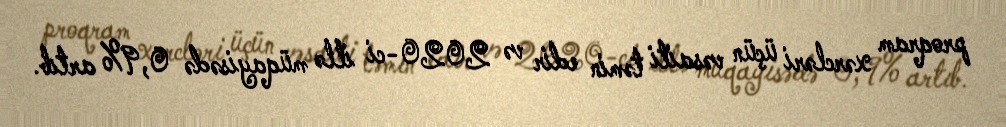
proqram xərcləri üçün vəsaiti təmin edir və 2020-ci illə müqayisədə 0,9% artıb.